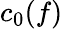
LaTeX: c_{0}(f)